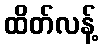
ထိတ်လန့်